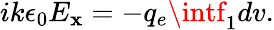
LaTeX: ik\epsilon_{0}E_{\mathbf{x}}=-q_{e}\intf_{1}dv.